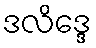
ဒလိဒ္ဒေ